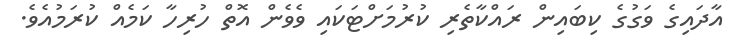
އާދައިގެ ވަގުގެ ކިބައިން ރައްކާތެރި ކުރުމަށްޓަކައި ވެވެން އޮތް ހުރިހާ ކަމެއް ކުރަމުއެވެ.